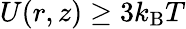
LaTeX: U(r,z)\geq 3k_{\mathrm{B}}T